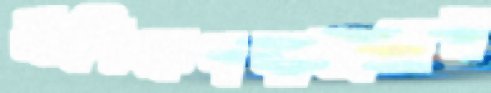
প্রশিক্ষণদাতাদের